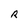
Character: R